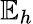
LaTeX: \mathbb{E}_{h}